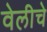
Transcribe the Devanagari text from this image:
वेलीचे